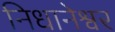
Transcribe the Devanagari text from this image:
निधानेश्वर